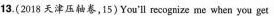
13.(2018 天津压轴卷,15)You'll recognize me when you get